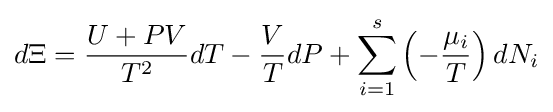
d\Xi ={\frac {U+PV}{T^{2}}}dT-{\frac {V}{T}}dP+\sum _{i=1}^{s}\left(-{\frac {\mu _{i}}{T}}\right)dN_{i}